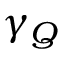
\gamma _ { Q }